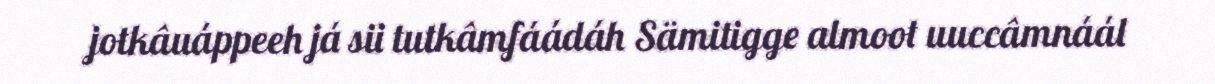
jotkâuáppeeh já sii tutkâmfáádáh Sämitigge almoot uuccâmnáál